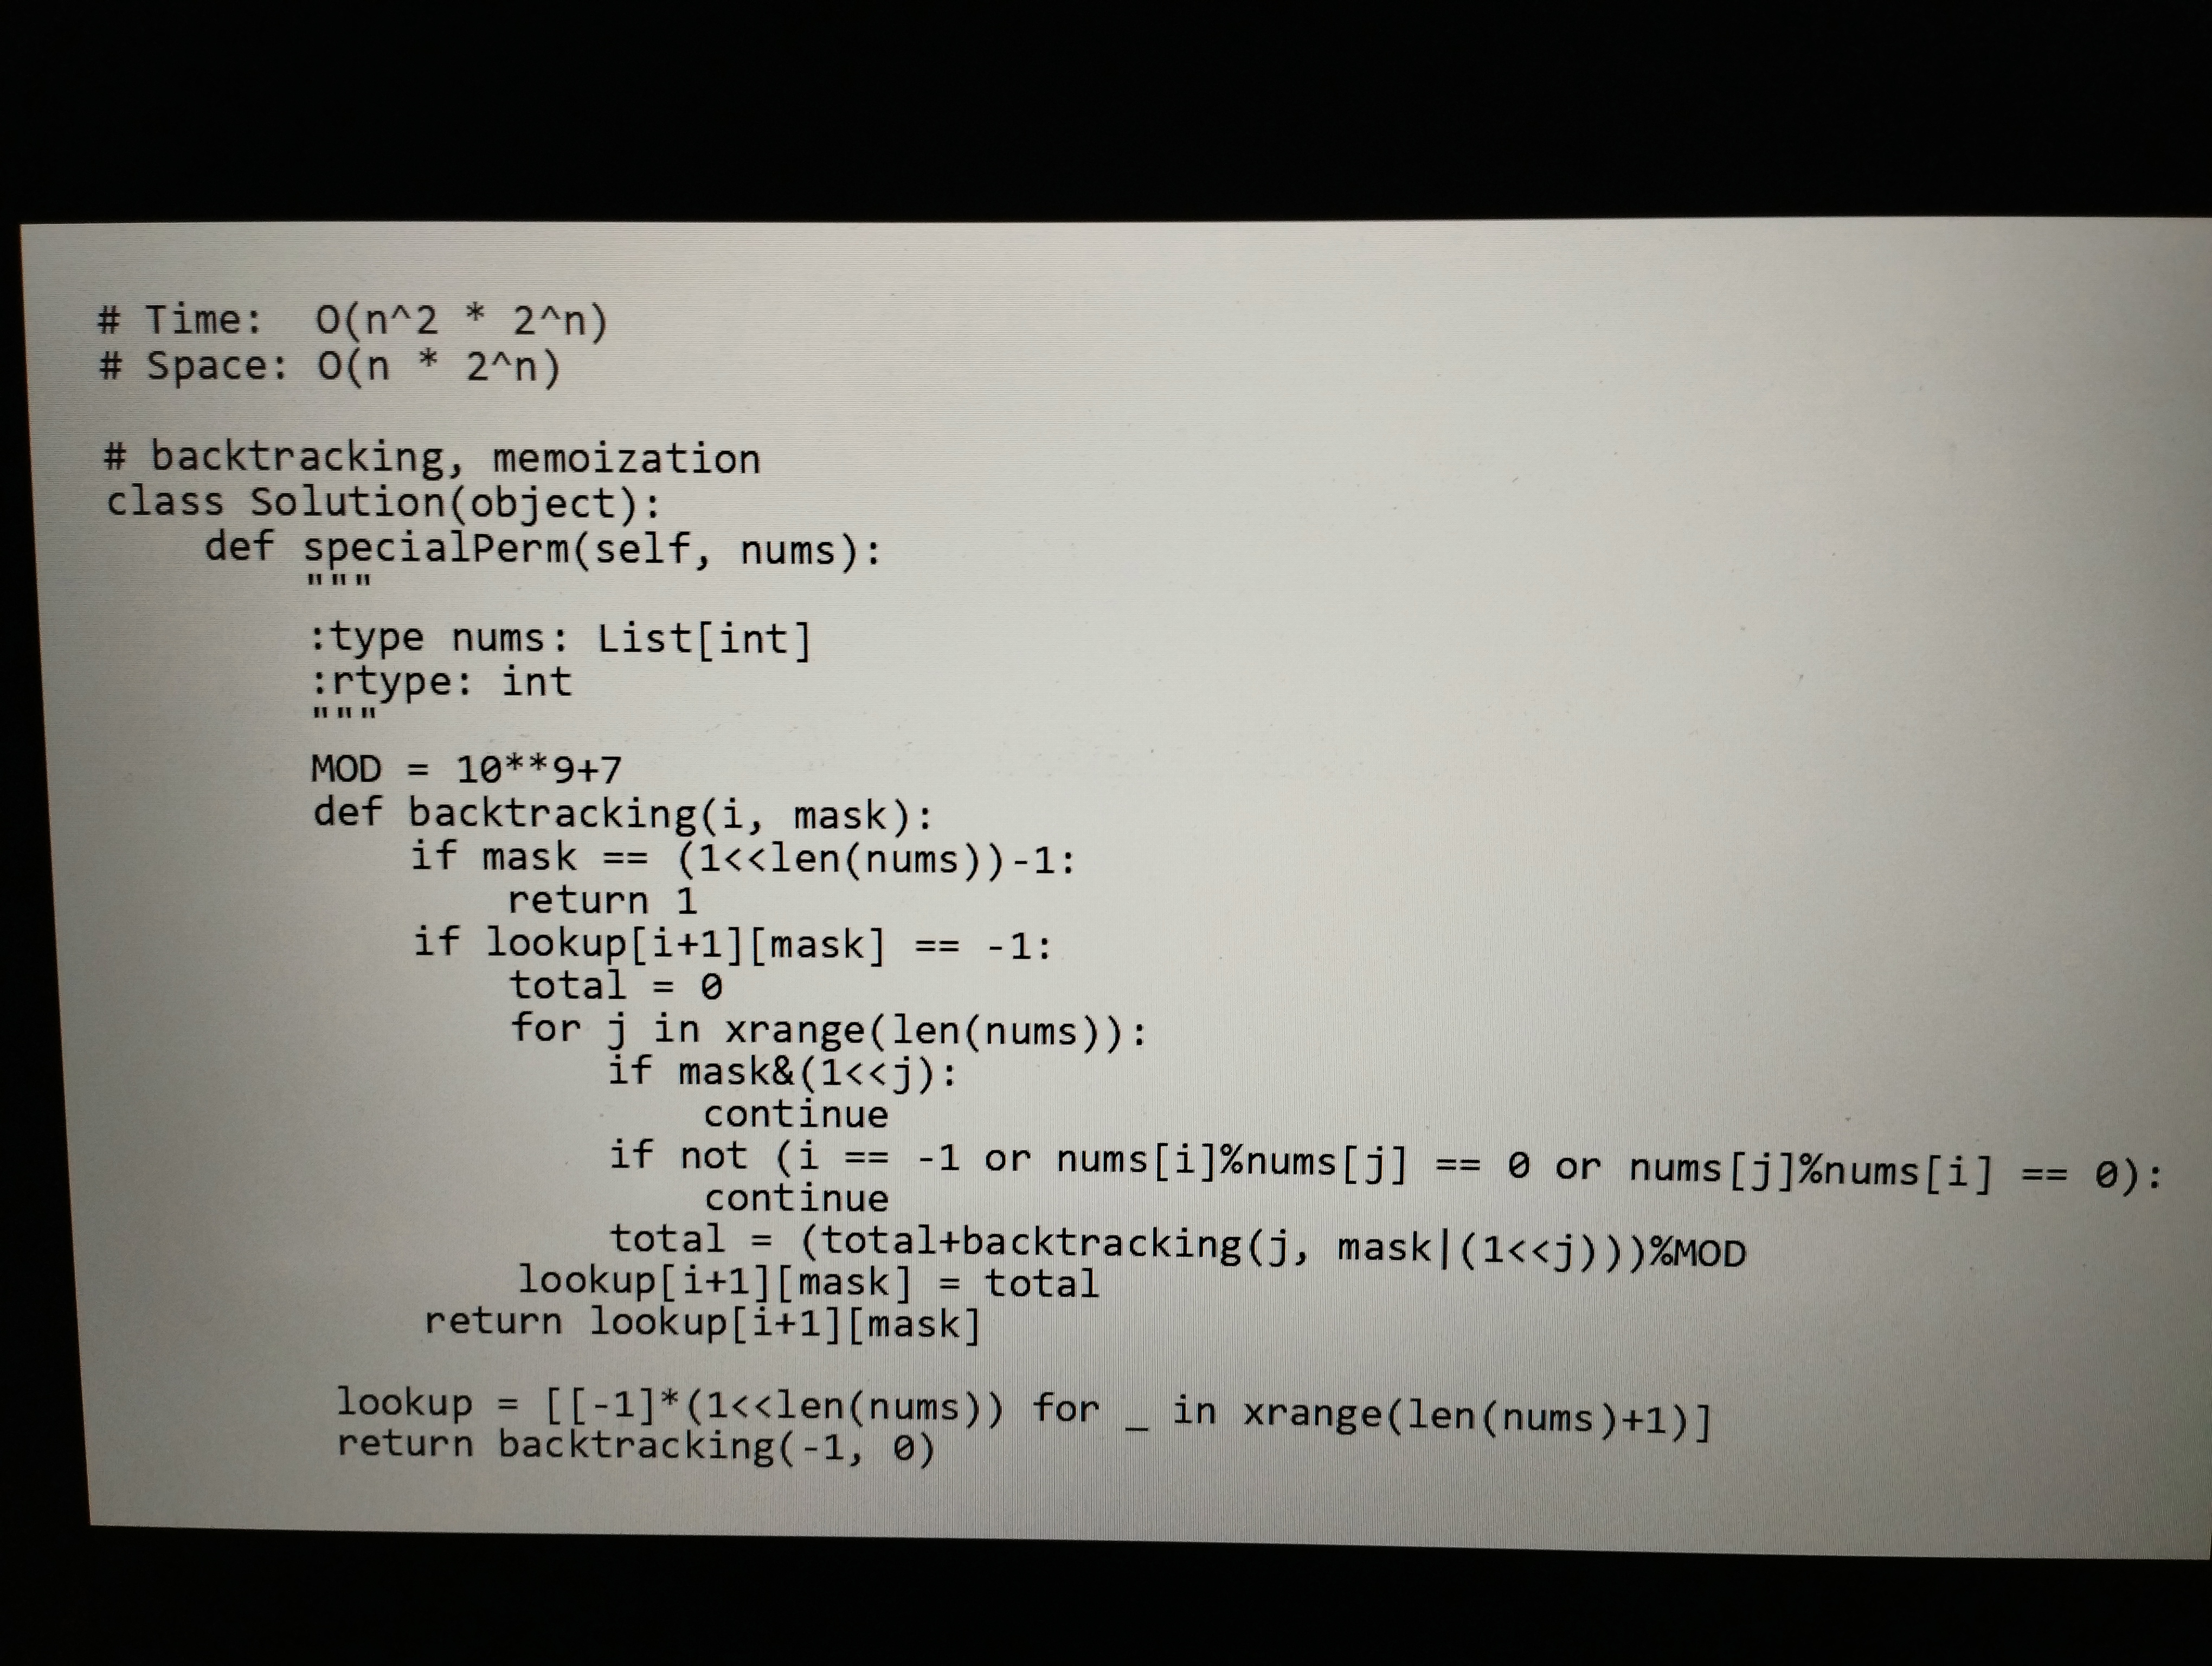
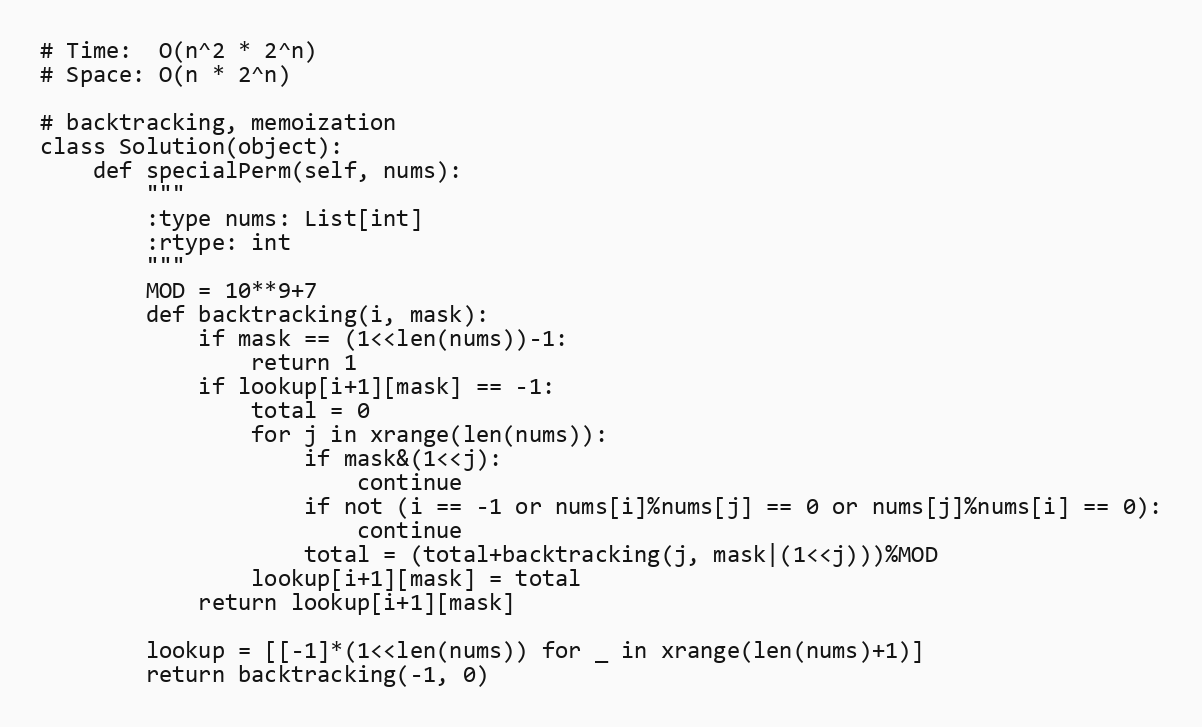
# Time:  O(n^2 * 2^n)
# Space: O(n * 2^n)

# backtracking, memoization
class Solution(object):
    def specialPerm(self, nums):
        """
        :type nums: List[int]
        :rtype: int
        """
        MOD = 10**9+7
        def backtracking(i, mask):
            if mask == (1<<len(nums))-1:
                return 1
            if lookup[i+1][mask] == -1:
                total = 0
                for j in xrange(len(nums)):
                    if mask&(1<<j):
                        continue
                    if not (i == -1 or nums[i]%nums[j] == 0 or nums[j]%nums[i] == 0):
                        continue
                    total = (total+backtracking(j, mask|(1<<j)))%MOD
                lookup[i+1][mask] = total
            return lookup[i+1][mask]

        lookup = [[-1]*(1<<len(nums)) for _ in xrange(len(nums)+1)]
        return backtracking(-1, 0)